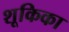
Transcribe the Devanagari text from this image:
शूकिका